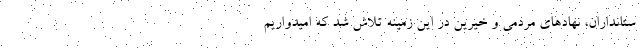
ستانداران، نهادهای مردمی و خیرین در این زمینه تلاش شد که امیدواریم